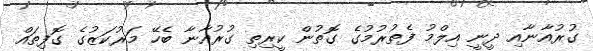
ގުރުއާނާއި ދީނީ އިލްމު ފެތުރުމުގެ ގޮތުން ކީރިތި ގުރުއާނާ ބެހޭ މަރުކަޒުގެ ގޮފިތައް